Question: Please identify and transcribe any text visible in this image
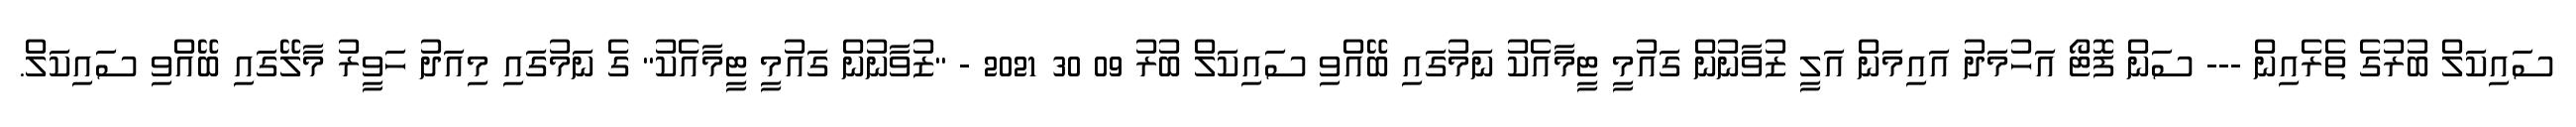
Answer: ސައިކަލް ބުރުގެ ތެރެއިން --- ސަން ފޮޓޯ އަހުމަދު އައިމަން އަލީ ޒުވާނުން ގައުމީ ޓީމާއެކު ނަމުގައި ބޭއްވި ސައިކަލް ބުރު 09 30 2021 - "ޒުވާނުން ގައުމީ ޓީމާއެކު" ގެ ނަމުގައި މިއަދު ހަވީރު މާލޭގައި ބޭއްވި ސައިކަލް.